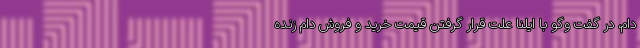
دام، در گفت وگو با ایلنا علت قرار گرفتن قیمت خرید و فروش دام زنده